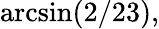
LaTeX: \arcsin(2/23),